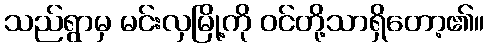
သည်ရွာမှ မင်းလှမြို့ကို ဝင်တို့သာရှိတော့၏။